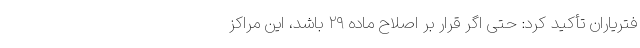
فتریاران تأکید کرد: حتی اگر قرار بر اصلاح ماده ۲۹ باشد، این مراکز